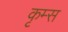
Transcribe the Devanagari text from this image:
कृम्स